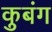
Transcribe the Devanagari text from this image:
कुबंग